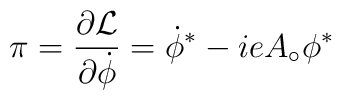
\pi = \frac{\partial {\cal L}}{\partial\dot{\phi}} = \dot{\phi}^{*} -ieA_{\circ}\phi^{*}